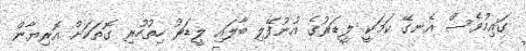
ގައިމުވެސް އެނގޭ ކަމަކީ ލީޑަރުގެ އުނުފޭލި ބާލައި ލީޑަރު ހިތުހުރި ގޮތަކަށް އޮރިޔާން